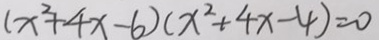
( x ^ { 2 } + 4 x - 6 ) ( x ^ { 2 } + 4 x - 4 ) = 0